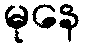
မုနေ